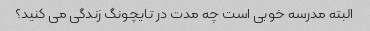
البته مدرسه خوبی است چه مدت در تایچونگ زندگی می کنید؟